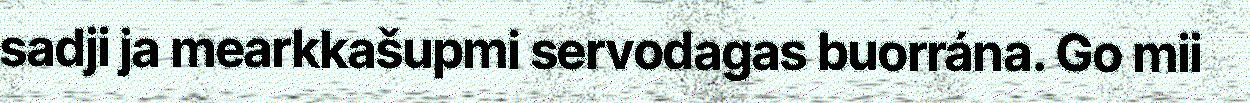
sadji ja mearkkašupmi servodagas buorrána. Go mii